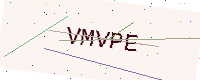
Text: VMVPE